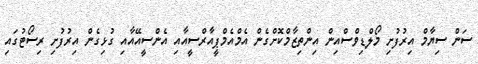
ސަން ސިޔާމް އިރުފުށި މޯލްޑިވްސްްއިން އިންތިޒާމްކޮށްގެން އެމްއެމްޕީއާރްސީއާއި އެންސީއޭއާއި ގުޅިގެން އިރުފުށި ރިސޯޓުގައި